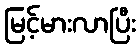
မြင့်မားလာပြီး